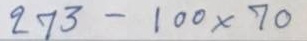
273 - 100 x 70